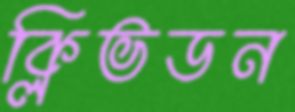
ক্লিভডন